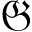
\mathfrak { G }